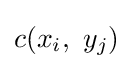
c(x_{i},\ y_{j})